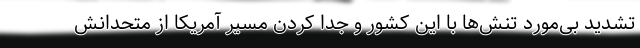
تشدید بی‌مورد تنش‌ها با این کشور و جدا کردن مسیر آمریکا از متحدانش